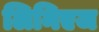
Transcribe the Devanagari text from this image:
लिनिएज